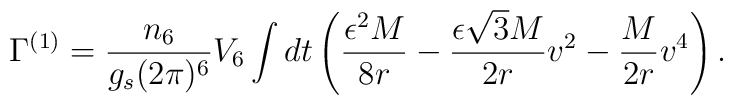
\Gamma^{(1)} =  \frac{n_6}{g_s (2\pi)^6}V_6 	\int dt \left(\frac{\epsilon^2 M}{8r}		-\frac{\epsilon \sqrt{3}M}{2r}v^2		-\frac{M}{2r}v^4\right).